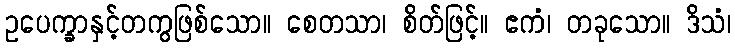
ဥပေက္ခာနှင့်တကွဖြစ်သော။ စေတသာ၊ စိတ်ဖြင့်။ ဧကံ၊ တခုသော။ ဒိသံ၊